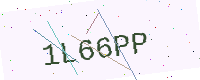
Text: 1L66PP